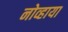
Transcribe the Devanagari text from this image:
नोव्हाया